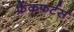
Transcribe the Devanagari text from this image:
फ्रैंकफर्टस